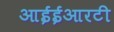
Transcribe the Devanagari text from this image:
आईईआरटी